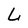
Character: L